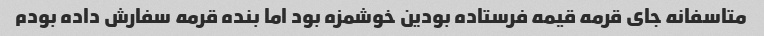
متاسفانه جای قرمه قیمه فرستاده بودین خوشمزه بود اما بنده قرمه سفارش داده بودم